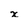
Character: x